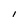
Character: l